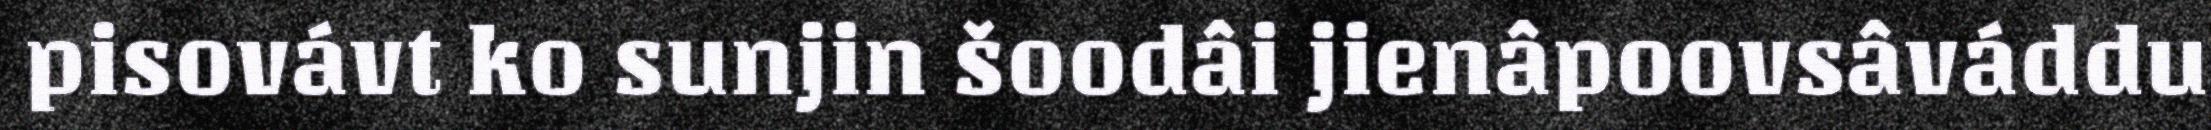
pisovávt ko sunjin šoodâi jienâpoovsâváddu